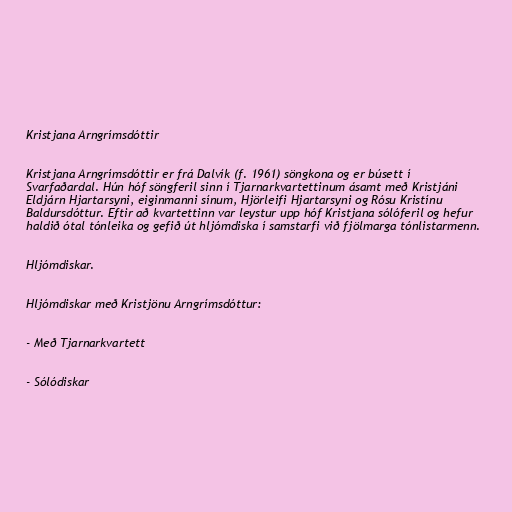
Kristjana Arngrímsdóttir

Kristjana Arngrímsdóttir er frá Dalvík (f. 1961) söngkona og er búsett í
Svarfaðardal. Hún hóf söngferil sinn í Tjarnarkvartettinum ásamt með Kristjáni
Eldjárn Hjartarsyni, eiginmanni sínum, Hjörleifi Hjartarsyni og Rósu Kristínu
Baldursdóttur. Eftir að kvartettinn var leystur upp hóf Kristjana sólóferil og hefur
haldið ótal tónleika og gefið út hljómdiska í samstarfi við fjölmarga tónlistarmenn.

Hljómdiskar.

Hljómdiskar með Kristjönu Arngrímsdóttur:

- Með Tjarnarkvartett

- Sólódiskar